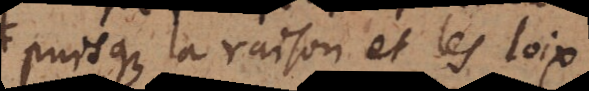
puisque la raison et les loix